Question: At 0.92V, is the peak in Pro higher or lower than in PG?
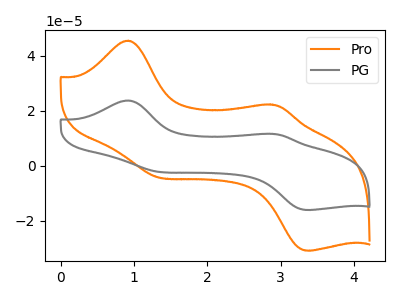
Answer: <think>The orange curve "Pro" has anodic peaks at (0.90V, 45.45uA) (2.85V, 22.25uA) and cathodic peaks at (1.30V, -3.80uA) (3.35V, -30.85uA). The gray curve "PG" has anodic peaks at (0.90V, 23.70uA) (2.85V, 11.60uA) and cathodic peaks at (1.30V, -2.00uA) (3.35V, -16.10uA).</think>
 <answer>The peak at 0.92V is higher in "Pro" than in "PG".</answer>
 <eval>higher</eval>